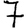
Digit: 7